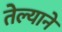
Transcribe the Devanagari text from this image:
तेल्याने